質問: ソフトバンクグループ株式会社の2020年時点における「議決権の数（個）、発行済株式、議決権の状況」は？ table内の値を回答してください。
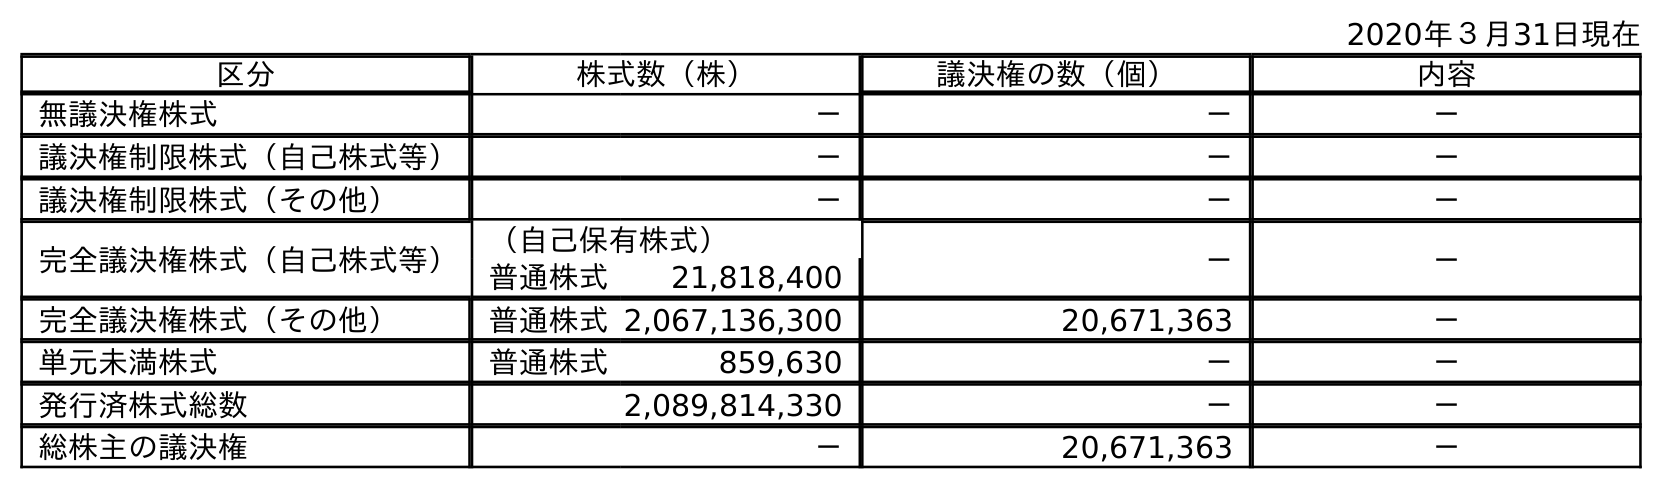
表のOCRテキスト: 2020年３月31日現在 区分 株式数（株） 議決権の数（個） 内容 無議決権株式 － － － 議決権制限株式（自己株式等） － － － 議決権制限株式（その他） － － － 完全議決権株式（自己株式等） （自己保有株式） － － 普通株式 21,818,400 完全議決権株式（その他） 普通株式2,067,136,300 20,671,363 － 単元未満株式 普通株式 859,630 － － 発行済株式総数 2,089,814,330 － － 総株主の議決権 － 20,671,363 －
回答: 20,671,363